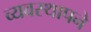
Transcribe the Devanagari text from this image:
व्यवस्थापने